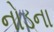
નોડના